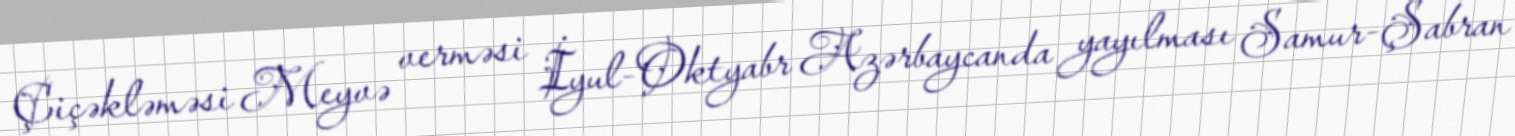
Çiçəkləməsi Meyvə verməsi İyul-Oktyabr Azərbaycanda yayılması Samur-Şabran